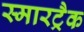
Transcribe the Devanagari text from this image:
स्मारट्रैक